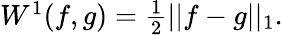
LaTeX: \begin{array}{r}{W^{1}(f,g)=\frac 12||f-g||_{1}.}\end{array}